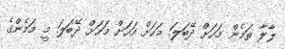
ލާލާ ތަމެން މަހަށް ދޭބަލަ. މަަހަށް މަހަށް މަަހަށް ދޭބަލަ. މީ މަމެންގެ